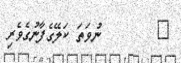
٩        ނުވަތަ ކަލޭގެފާނުގެވެރި